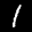
Label: 1